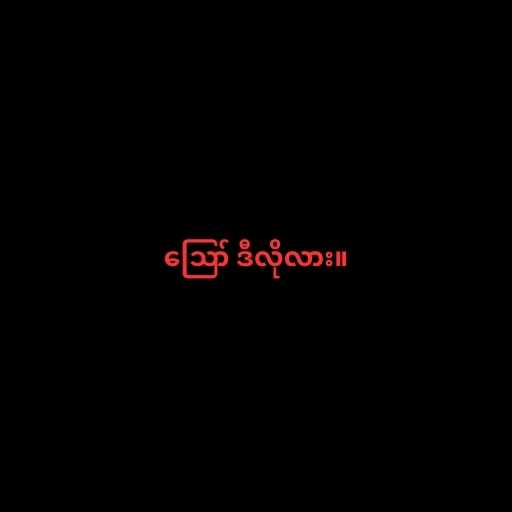
ဪ ဒီလိုလား။